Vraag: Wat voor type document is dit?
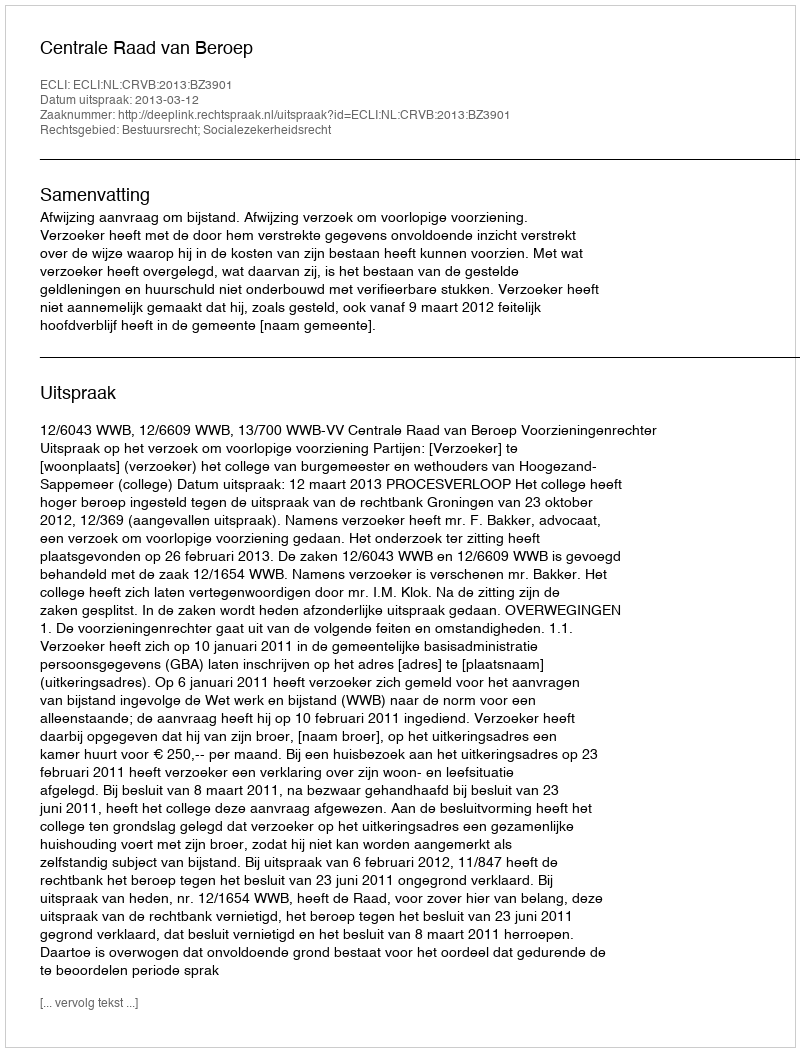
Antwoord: Uitspraak